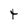
Character: t